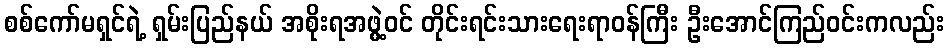
စစ်ကော်မရှင်ရဲ့ ရှမ်းပြည်နယ် အစိုးရအဖွဲ့ဝင် တိုင်းရင်းသားရေးရာဝန်ကြီး ဦးအောင်ကြည်ဝင်းကလည်း